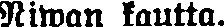
Niwan kautta.